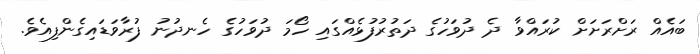
ބައެއް ރަށްރަށަށް ކުރައްވާ ދެ ދުވަހުގެ ދަތުރުފުޅެއްގައި ހޯމަ ދުވަހުގެ ހެނދުނު ފުރާވަޑައިގެންފިއެވެ.